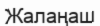
Жалаңаш